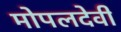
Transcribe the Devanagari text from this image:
मोपलदेवी